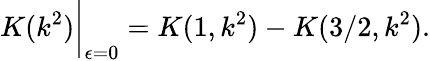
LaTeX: K(k^{2})\bigg|_{\epsilon=0}=K(1,k^{2})-K(3/2,k^{2}).